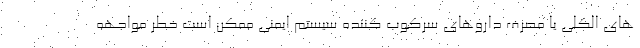
های الکلی یا مصرف داروهای سرکوب کننده سیستم ایمنی ممکن است خطر مواجهه